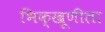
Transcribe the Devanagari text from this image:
भिक्खूणीला